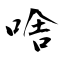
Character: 啥